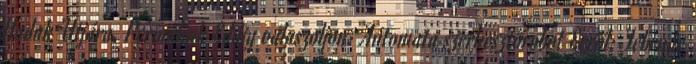
Hadak Útjára. Permalink Eddig válaszoljon: Automata szerkesztőrobot Erről: Február